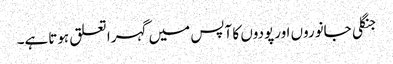
جنگلی جانوروں اورپودوں کا آپس میں گہرا تعلق ہوتاہے۔